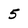
Character: 5